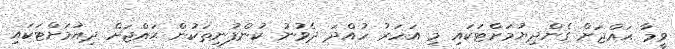
ވީމާ ޙައްޖަށް ގެންދިޔުމަށްޓަކައި މި އަހަރު ހުއްދަ ދެވުނު ކުންފުނިތަކުން ޙައްޖަށް ދިއުމަށްޓަކައި